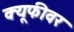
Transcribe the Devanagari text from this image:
क्यूफीवर